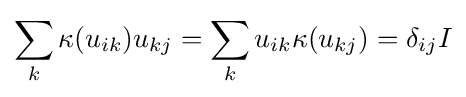
\sum _{k}\kappa (u_{ik})u_{kj}=\sum _{k}u_{ik}\kappa (u_{kj})=\delta _{ij}I